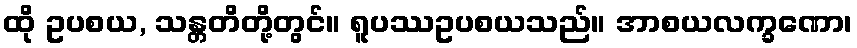
ထို ဥပစယ, သန္တတိတို့တွင်။ ရူပဿဥပစယသည်။ အာစယလက္ခဏော၊